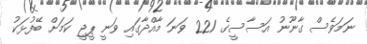
ނަމަވެސް ގާނޫނު އަސާސީގެ 221 ވަނަ މާއްދާގައި ވަނީ ޕީޖީ ކަމަށް ބޭފުޅަކު